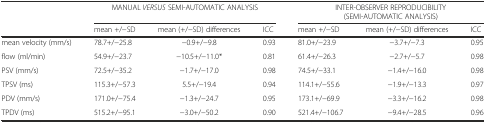
|  | <COLSPAN=3> MANUAL VERSUS SEMI-AUTOMATIC ANALYSIS | <COLSPAN=3> INTER-OBSERVER REPRODUCIBILITY (SEMI-AUTOMATIC ANALYSIS) |
 |  | mean +/−SD | mean (+/−SD) differences | ICC | mean +/−SD | mean (+/−SD) differences | ICC |
 | --- | --- | --- | --- | --- | --- | --- |
 | mean velocity (mm/s) | 78.7+/−25.8 | −0.9+/−9.8 | 0.93 | 81.0+/−23.9 | −3.7+/−7.3 | 0.95 |
 | flow (ml/min) | 54.9+/−23.7 | −10.5+/−11.0* | 0.81 | 61.4+/−26.3 | −2.7+/−5.7 | 0.98 |
 | PSV (mm/s) | 72.5+/−35.2 | −1.7+/−17.0 | 0.98 | 74.5+/−33.1 | −1.4+/−16.0 | 0.98 |
 | TPSV (ms) | 115.3+/−57.3 | 5.5+/−19.4 | 0.94 | 114.1+/−55.6 | −1.9+/−13.3 | 0.97 |
 | PDV (mm/s) | 171.0+/−75.4 | −1.3+/−24.7 | 0.95 | 173.1+/−69.9 | −3.3+/−16.2 | 0.98 |
 | TPDV (ms) | 515.2+/−95.1 | −3.0+/−50.2 | 0.90 | 521.4+/−106.7 | −9.4+/−28.5 | 0.96 |